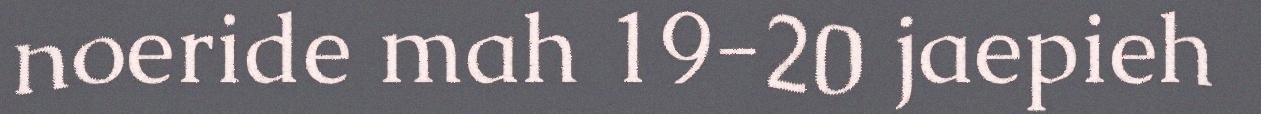
noeride mah 19-20 jaepieh